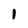
Character: 1